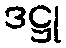
ဒဋ္ဌု